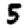
Digit: 5